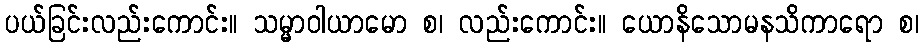
ပယ်ခြင်းလည်းကောင်း။ သမ္မာဝါယာမော စ၊ လည်းကောင်း။ ယောနိသောမနသိကာရော စ၊